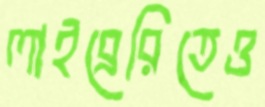
লাইব্রেরিতেও